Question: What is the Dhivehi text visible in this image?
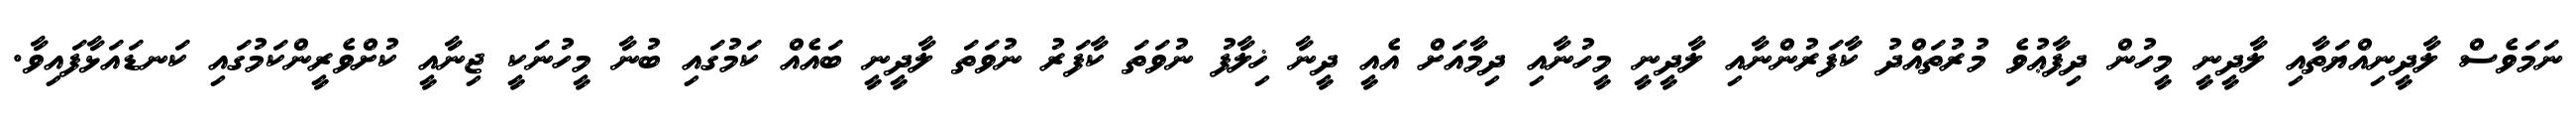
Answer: ނަމަވެސް ލާދީނިއްޔަތާއި ލާދީނީ މީހުން ދިފާޢުވެ މުރުތައްދު ކާފަރުންނާއި ލާދީނީ މީހުނާއި ދިމާއަށް އެއީ ދީނާ ޚިލާފު ނުވަތަ ކާފަރު ނުވަތަ ލާދީނީ ބައެއް ކަމުގައި ބުނާ މީހުނަކީ ޖިނާއީ ކުށްވެރީންކަމުގައި ކަނޑައަޅާފައިވާ.